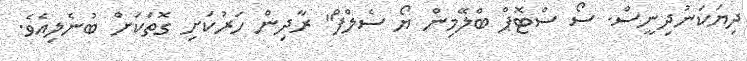
ދިޔަކަނުދިނީސް. ސޯ ސްޓޮޕް ބްލޭމިން ޔޯ ސެލްފް" ރާދިން ހަރުކަށި ގޮތަކަށް ބުނެލިއެވެ.